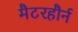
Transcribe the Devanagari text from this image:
मैटरहौर्न